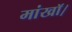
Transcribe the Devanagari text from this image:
मांखॉ।